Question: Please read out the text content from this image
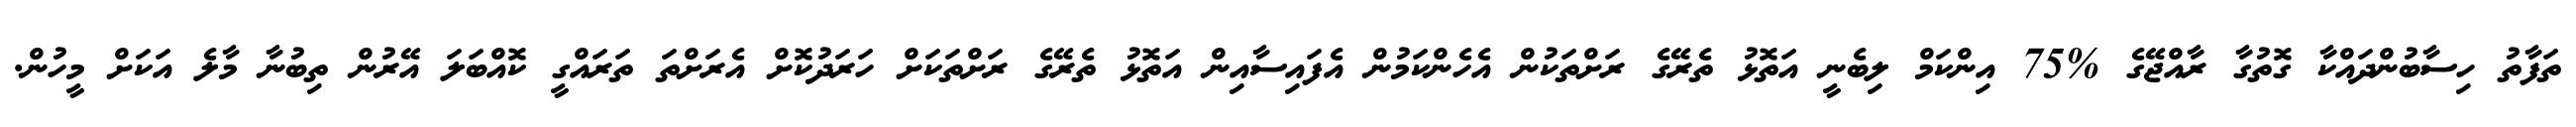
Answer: ތަފާތު ހިސާބުންދައްކާ ގޮތުގާ ރާއްޖޭގެ %75 އިންކަމް ލިބެނީ އަތޮޅު ތެރޭގެ ރަށްތަކުން އެހެންކަމުން އެފައިސާއިން އަތޮޅު ތެރޭގެ ރަށްތަކަށް ހަރަދުކޮށް އެރަށްތަ ތަރައްގީ ކޮއްބަލަ އޭރުން ތިބުނާ މާލެ އަކަށް މީހުން.